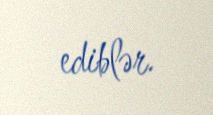
ediblər.